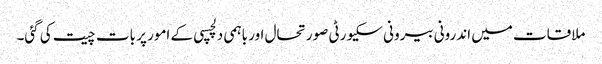
ملاقات میں اندرونی بیرونی سکیورٹی صورتحال اور باہمی دلچسپی کے امور پر بات چیت کی گئی۔